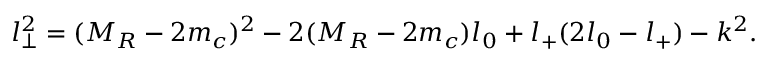
l _ { \perp } ^ { 2 } = ( M _ { R } - 2 m _ { c } ) ^ { 2 } - 2 ( M _ { R } - 2 m _ { c } ) l _ { 0 } + l _ { + } ( 2 l _ { 0 } - l _ { + } ) - k ^ { 2 } .